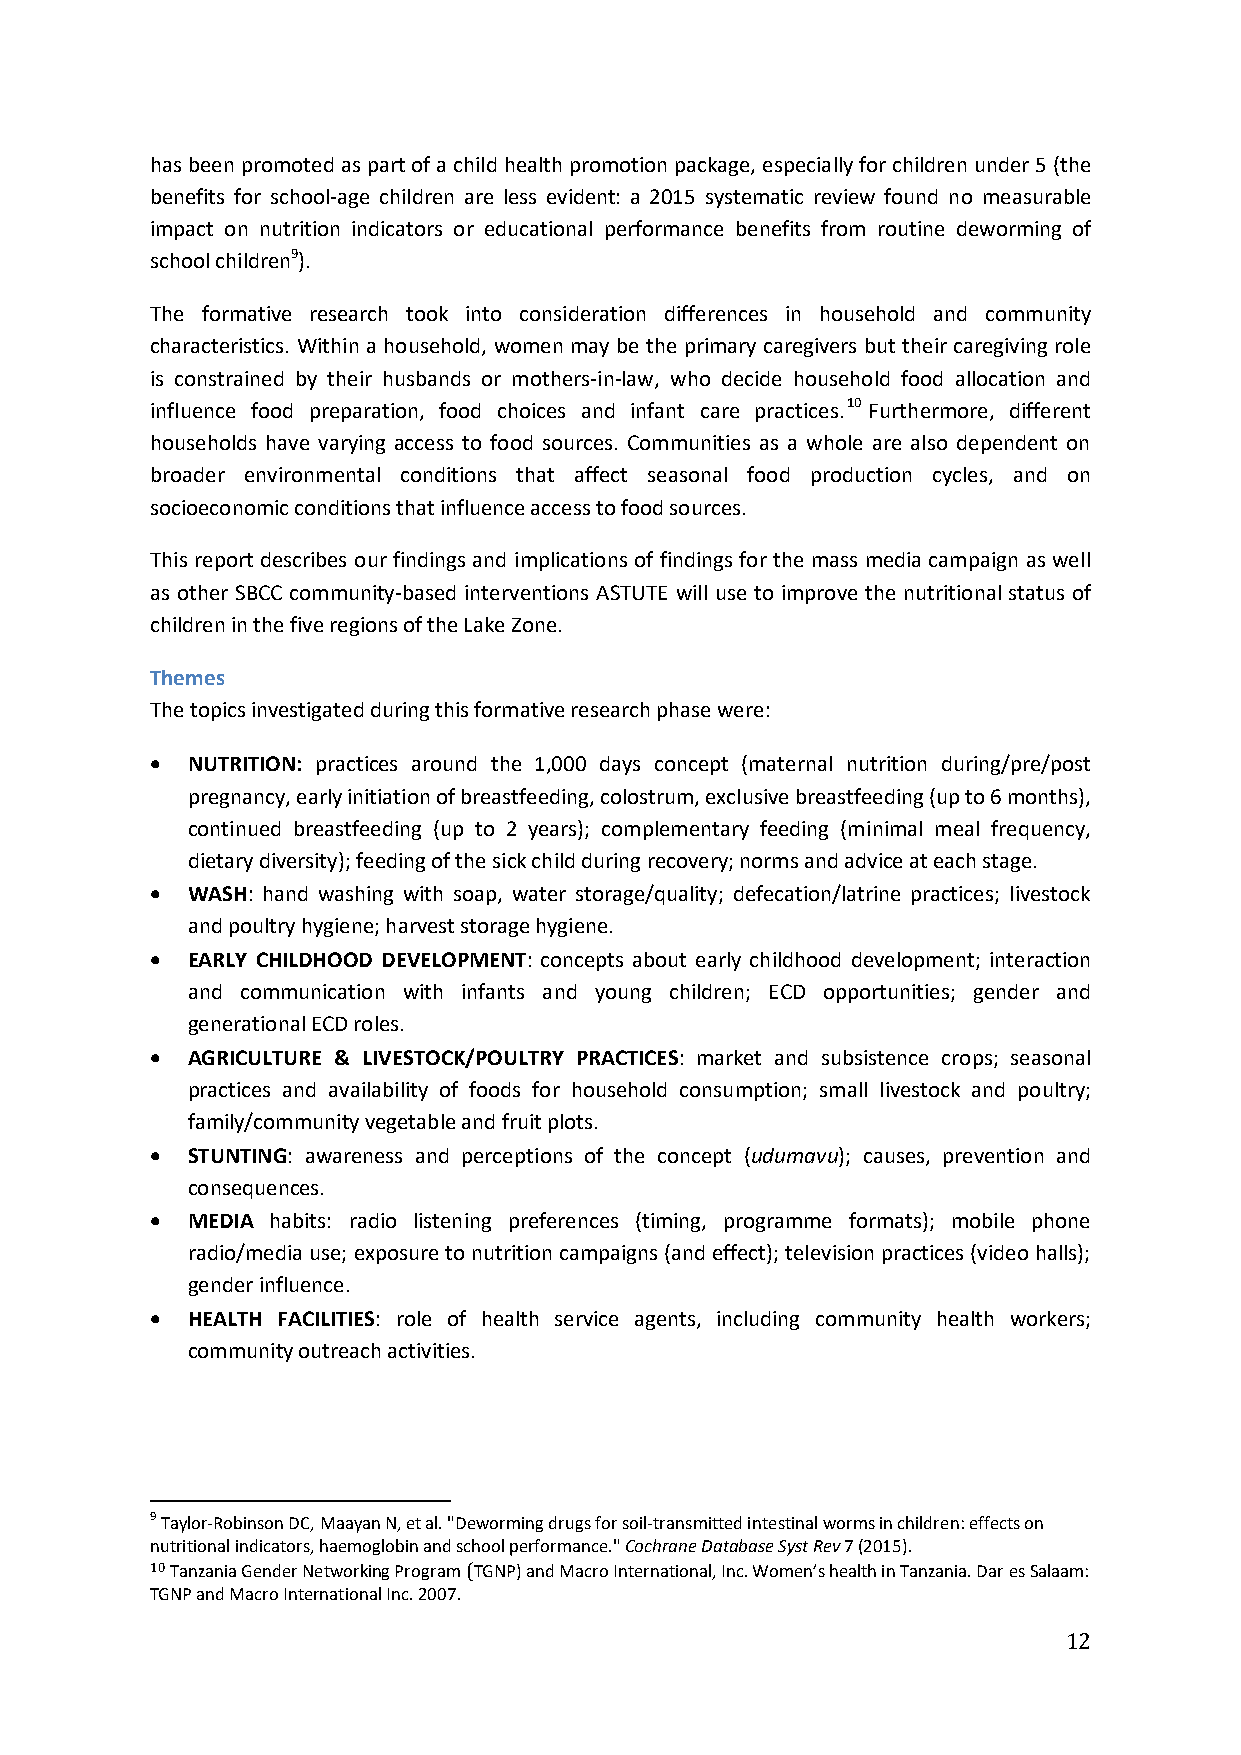
has been promoted as part of a child health promotion package, especially for children under 5 (the
 benefits for school-age children are less evident: a 2015 systematic review found no measurable
 impact on nutrition indicators or educational performance benefits from routine deworming of
 school children9).
 The formative research took into consideration differences in household and community
 characteristics. Within a household, women may be the primary caregivers but their caregiving role
 is constrained by their husbands or mothers-in-law, who decide household food allocation and
 influence food preparation, food choices and infant care practices.10 Furthermore, different
 households have varying access to food sources. Communities as a whole are also dependent on
 broader environmental conditions that affect seasonal food production cycles, and on
 socioeconomic conditions that influence access to food sources.
 This report describes our findings and implications of findings for the mass media campaign as well
 as other SBCC community-based interventions ASTUTE will use to improve the nutritional status of
 children in the five regions of the Lake Zone.
 Themes
 The topics investigated during this formative research phase were:
  NUTRITION: practices around the 1,000 days concept (maternal nutrition during/pre/post
 pregnancy, early initiation of breastfeeding, colostrum, exclusive breastfeeding (up to 6 months),
 continued breastfeeding (up to 2 years); complementary feeding (minimal meal frequency,
 dietary diversity); feeding of the sick child during recovery; norms and advice at each stage.
  WASH: hand washing with soap, water storage/quality; defecation/latrine practices; livestock
 and poultry hygiene; harvest storage hygiene.
  EARLY CHILDHOOD DEVELOPMENT: concepts about early childhood development; interaction
 and communication with infants and young children; ECD opportunities; gender and
 generational ECD roles.
  AGRICULTURE & LIVESTOCK/POULTRY PRACTICES: market and subsistence crops; seasonal
 practices and availability of foods for household consumption; small livestock and poultry;
 family/community vegetable and fruit plots.
  STUNTING: awareness and perceptions of the concept (udumavu); causes, prevention and
 consequences.
  MEDIA habits: radio listening preferences (timing, programme formats); mobile phone
 radio/media use; exposure to nutrition campaigns (and effect); television practices (video halls);
 gender influence.
  HEALTH FACILITIES: role of health service agents, including community health workers;
 community outreach activities.
 9 Taylor-Robinson DC, Maayan N, et al. "Deworming drugs for soil-transmitted intestinal worms in children: effects on
 nutritional indicators, haemoglobin and school performance." Cochrane Database Syst Rev 7 (2015).
 10 Tanzania Gender Networking Program (TGNP) and Macro International, Inc. Women’s health in Tanzania. Dar es Salaam:
 TGNP and Macro International Inc. 2007.
 12